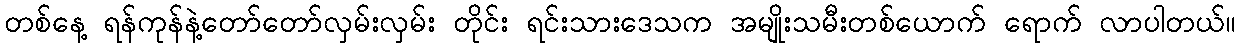
တစ်နေ့ ရန်ကုန်နဲ့တော်တော်လှမ်းလှမ်း တိုင်း ရင်းသားဒေသက အမျိုးသမီးတစ်ယောက် ရောက် လာပါတယ်။